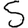
Digit: 5